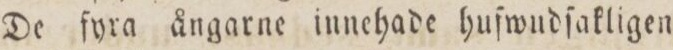
De fyra ångarne innehade huſwudſakligen